Vaccination in the Punjab 1867-1880 - 1867-1880
Year: 1867
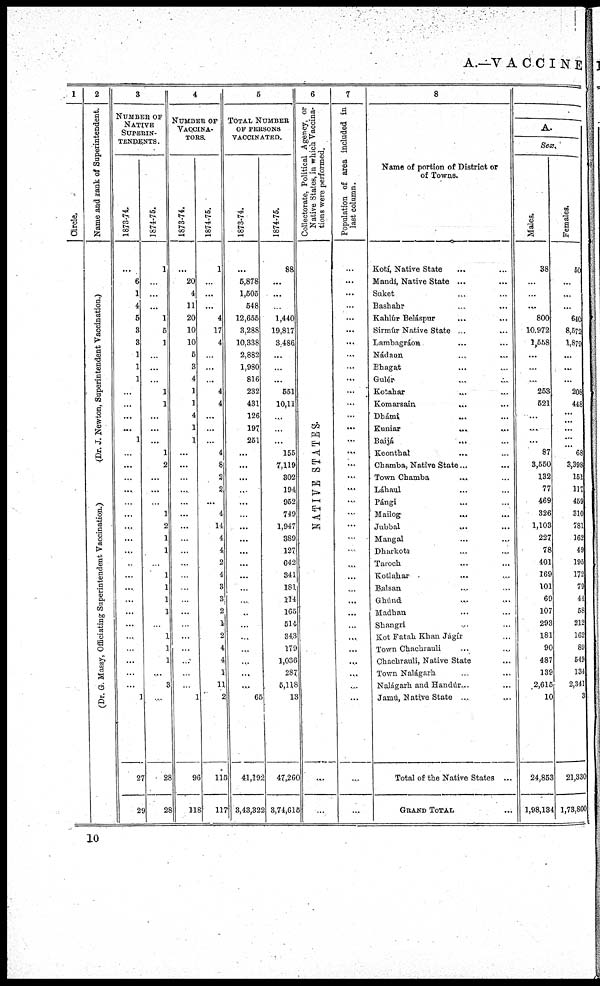
A.—V A C C I N E
1
Circle,
2
Name and rank of Superintendent.
(Dr. J. Newton, Superintendent Vaccination.)
(Dr. G. Massy, Officiating Superintendent Vaccination.)
3
NUMBER OF
NATIVE
SUPERIN-
TENDENTS.
1873-74.
...
6
1
4
5
3
3
1
1
1
...
...
...
...
1
...
...
...
...
...
...
...
...
...
...
...
...
...
...
...
...
...
...
...
...
1
27
29
1874-75.
1
...
...
...
1
5
1
...
...
...
1
1
...
...
...
1
2
...
...
...
1
2
1
1
...
1
1
1
1
...
1
1
1
...
3
...
28
23
4
NUMBER OF
VACCINA-
----.
1873-74.
...
20
4
11
20
10
10
5
3
4
1
1
4
1
1
...
...
...
...
...
...
...
...
...
...
...
...
...
...
...
...
...
...
...
...
1
96
118
1874-75.
1
...
...
...
4
17
4
...
...
...
4
4
...
...
...
4
8
2
2
...
4
14
4
4
2
4
3
3
2
1
2
4
4
1
11
2
115
117
5
TOTAL NUMBER
OF PERSONS
VACCINATED.
1873-74.
...
5,878
1,505
548
12,655
3,288
10,338
2,882
1,980
816
232
431
126
197
251
...
...
...
...
...
...
...
...
...
...
...
...
...
...
...
...
...
...
...
...
65
41,192
3,43,322
1874-75.
88
...
...
1,440
19,817
3 486
...
...
...
551
10,11
...
...
...
155
7,119
302
194
952
749
1,947
389
127
642
341
181
114
165
514,
343
179
1,036
287
5,118
13
47,260
3,74,613
6
Collectorate, Political Agency, or
Native States, in which Vaccina-
tions were performed.
NATIVE
STATES.
7
Population of area included in
last column.
...
...
...
...
...
...
...
...
...
...
...
...
...
...
...
...
...
...
...
...
...
...
...
...
...
...
...
...
...
...
...
...
...
...
...
...
...
...
8
Name of portion of District or
of Towns.
Kotí, Native State ... ...
Mandí, Native State ... ...
Suket ... ...
Bashahr ... ...
Kahlúr Beláspur ... ...
Sirmúr Native State ... ...
Lambagráon, ... ...
Nádaun ... ...
Bhagat ... ...
Gulér. ... ...
Kotahar ... ...
Komarsain ... ...
Dhámi ... ...
Kumar ... ...
Baijá
...
...
Keonthal ... ...
Chamba, Native State... ...
Town Chamba ... ...
Láhaul ... ...
Pángi ... ...
Mailog ... ...
Jubbal ... ...
Mangal ... ...
Dharkott ... ...
Taroch ... ...
Kotlahar ... ...
Balsan ... ...
Ghúnd ... ...
Madhan ... ...
Shangri ... ...
Kot Fatah Khan Jágir ...
Town Chachrauli ... ...
Chachrauli, Native State ...
Town Nalágarh ... ...
Nalágarh and Handúr... ...
Jamú, Native State ... ...
Total of the Native States ...
Grand Total ...
A.
Sex.
Males.
38
...
...
...
800
10,972
1,568
...
...
...
253
521
...
...
...
87
3,550
132
77
469
326
1,103
227
78
401
169
101
69
107
293
181
90
487
139
2,615
10
24,853
1,98,134
Females.
60
...
...
...
640
8,572
1,872
...
...
...
208
448
...
...
...
68
3,398
151
117
459
310
781
162
49
195
172
79
44
58
212
162
89
549
134
2,341
3
21,330
1,73,800
10